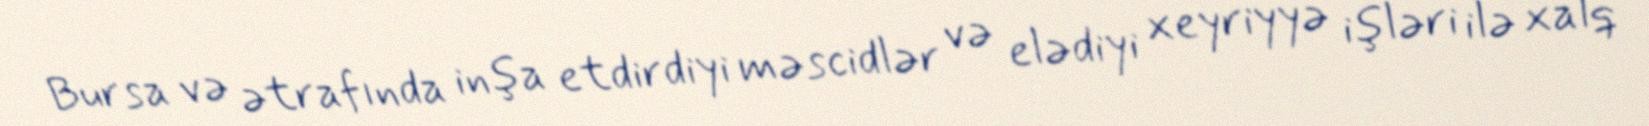
Bursa və ətrafında inşa etdirdiyi məscidlər və elədiyi xeyriyyə işləri ilə xalq